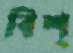
বিশ্